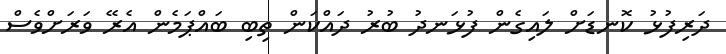
ދަރިފުޅު ކޮނޑަށް ލައިގެން ފުޅަނދު ބުރު ދައްކަން ތިބި ބައްޕަމެން އެރޭ ވަރަށްވެސް